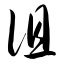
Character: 徂